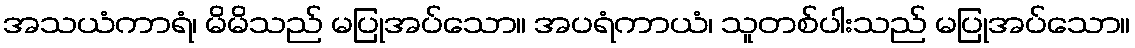
အသယံကာရံ၊ မိမိသည် မပြုအပ်သော။ အပရံကာယံ၊ သူတစ်ပါးသည် မပြုအပ်သော။